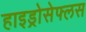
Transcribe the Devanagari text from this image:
हाइड्रोसेफ्लस